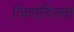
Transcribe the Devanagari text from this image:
जिरोदिस्तों